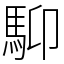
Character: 䭹